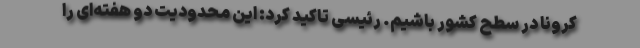
کرونا در سطح کشور باشیم. رئیسی تاکید کرد: این محدودیت دو هفته‌ای را